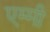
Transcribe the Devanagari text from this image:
एम्‍मी